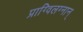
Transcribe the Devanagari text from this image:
प्राग्विलग्नान्